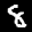
Label: 8